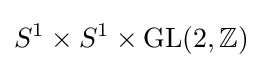
S^{1}\times S^{1}\times {\text{GL}}(2,\mathbb {Z} )